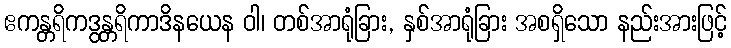
ဧကန္တရိကဒွန္တရိကာဒိနယေန ဝါ၊ တစ်အာရုံခြား, နှစ်အာရုံခြား အစရှိသော နည်းအားဖြင့်